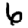
Digit: 6